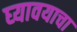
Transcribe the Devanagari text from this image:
घ्‍यावयाचा